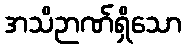
အသိဉာဏ်ရှိသော